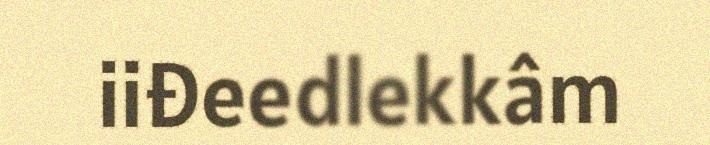
iiđeedlekkâm